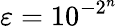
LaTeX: \varepsilon=10^{-2^{n}}